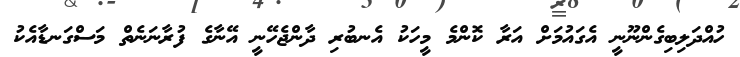
ހުއްދަލިބިގެންނޫނީ އެގައުމަށް އަރާ ކޮންމެ މީހަކު އެނބުރި ދާންޖެހޭނީ އޭނާގެ ފުރާނަނެތް މަސްގަނޑާއެކު